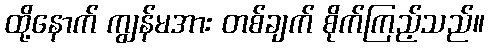
ထို့နောက် ကျွန်မအား တစ်ချက် စိုက်ကြည့်သည်။